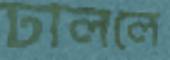
ঢাললে